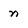
Character: n